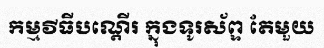
កម្មវីធីបណ្តើរ ក្នុងទូរស័ព្ទ តែមួយ